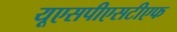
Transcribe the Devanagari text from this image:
यूएसपीएसटीएफ